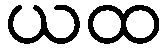
ယထ